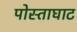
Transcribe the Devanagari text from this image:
पोस्ताघाट